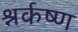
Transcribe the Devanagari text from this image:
श्नर्कष्ण